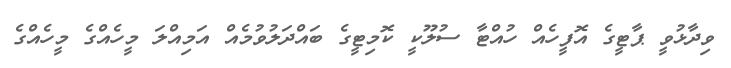
ވިދާޅުވީ ޕާޓީގެ އޮފީހެއް ހުއްޓާ ސުލޫކީ ކޮމިޓީގެ ބައްދަލުވުމެއް އަމިއްލަ މީހެއްގެ މީހެއްގެ